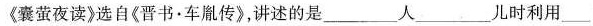
《囊萤夜读》选自《晋书·车胤传》，讲述的是___人___儿时利用___